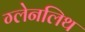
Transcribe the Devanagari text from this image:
ग्लेनलिथ